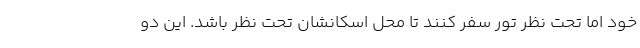
خود اما تحت نظر تور سفر کنند تا محل اسکانشان تحت نظر باشد. این دو